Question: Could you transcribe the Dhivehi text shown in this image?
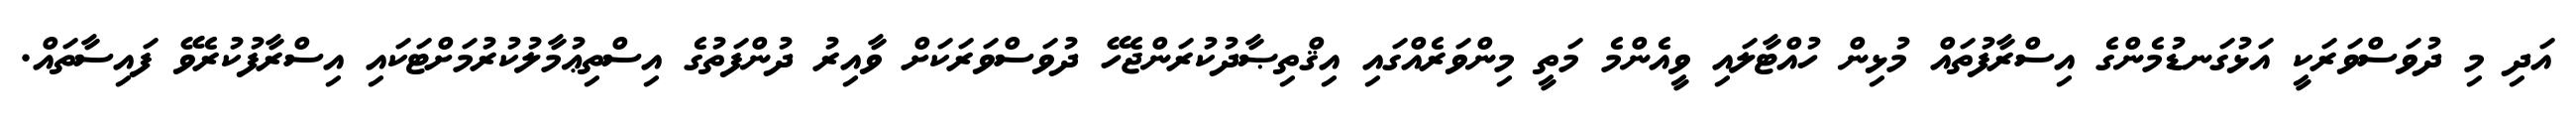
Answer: އަދި މި ދުވަސްވަރަކީ އަޅުގަނޑުމެންގެ އިސްރާފުތައް މުޅިން ހުއްޓާލައި ވީއެންމެ މަތީ މިންވަރެއްގައި އިޤްތިޞާދުކުރަންޖެހޭ ދުވަސްވަރަކަށް ވާއިރު ދުންފަތުގެ އިސްތިޢުމާލުކުރުމަށްޓަކައި އިސްރާފުކުރެވޭ ފައިސާތައް.